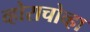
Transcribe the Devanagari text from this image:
व्होराचोव्हा